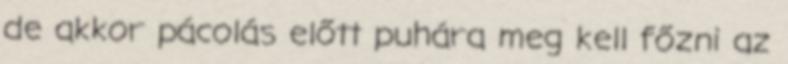
de akkor pácolás előtt puhára meg kell főzni az